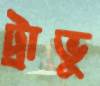
ট্রাভু